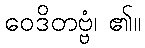
ဝေဒိတဗ္ဗံ၊ ၏။